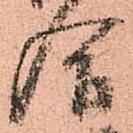
合